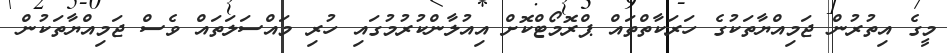
މީގެ އިތުރުން ޖަމިއްޔާތަކުގެ ހަރަކާތްތައް ޕްރޮމޯޓްކޮށް އިއުލާންކުރުމުގައި ހުރި މައްސަލަތައް ވެސް ޖަމިއްޔާތަކުން